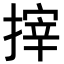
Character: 𢲟